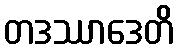
တဒဿာဒေတိ